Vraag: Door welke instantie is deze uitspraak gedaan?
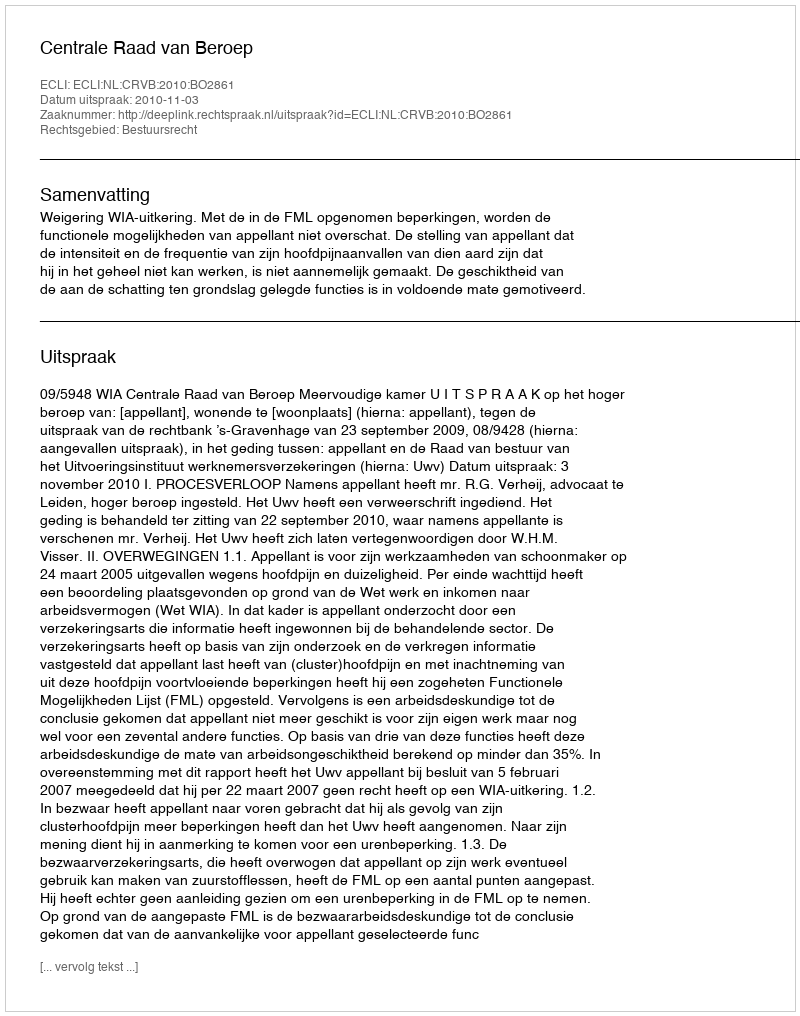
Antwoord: Centrale Raad van Beroep